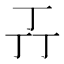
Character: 𬻄